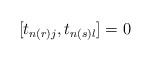
\begin{align*}[t_{n(r) j}, t_{n(s) l} ] = 0\end{align*}